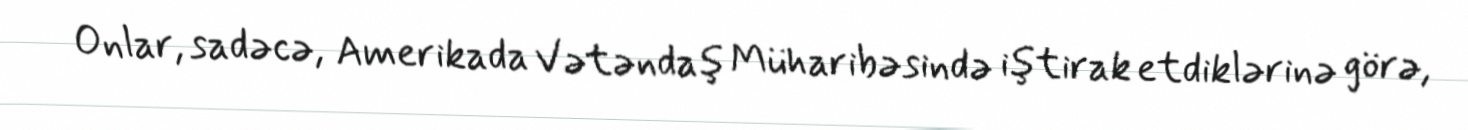
Onlar, sadəcə, Amerikada Vətəndaş Müharibəsində iştirak etdiklərinə görə,